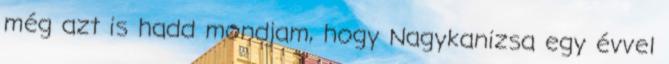
még azt is hadd mondjam, hogy Nagykanizsa egy évvel